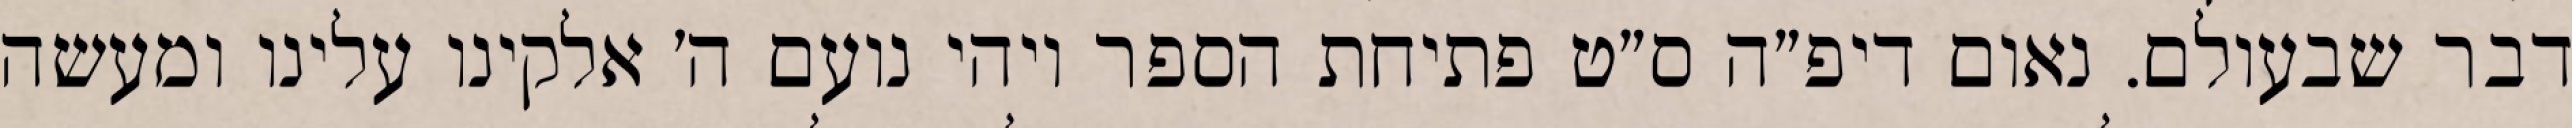
דבר שבעולם. נאום דיפ״ה ס״ט פתיחת הספר ויהי נועם ה׳ אלקינו עלינו ומעשה